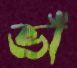
ভাঁ